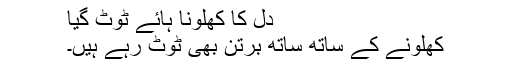
دل کا کھلونا ہائے ٹوٹ گیا
کھلونے کے ساتھ ساتھ برتن بھی ٹوٹ رہے ہیں۔